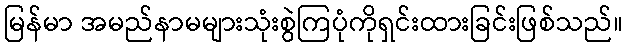
မြန်မာ အမည်နာမများသုံးစွဲကြပုံကိုရှင်းထားခြင်းဖြစ်သည်။